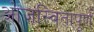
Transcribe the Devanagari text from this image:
ओजस्वितापूर्ण